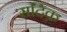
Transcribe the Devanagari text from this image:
सदिक़